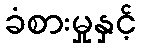
ခံစားမှုနှင့်